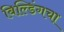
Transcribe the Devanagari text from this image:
बिल्डिंगचा